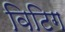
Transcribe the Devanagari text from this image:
विटिग